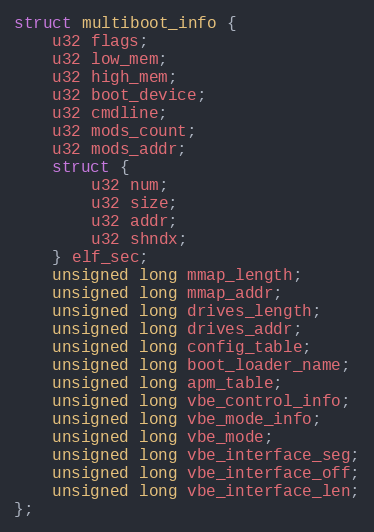
Language: C
struct multiboot_info {
	u32 flags;
	u32 low_mem;
	u32 high_mem;
	u32 boot_device;
	u32 cmdline;
	u32 mods_count;
	u32 mods_addr;
	struct {
		u32 num;
		u32 size;
		u32 addr;
		u32 shndx;
	} elf_sec;
	unsigned long mmap_length;
	unsigned long mmap_addr;
	unsigned long drives_length;
	unsigned long drives_addr;
	unsigned long config_table;
	unsigned long boot_loader_name;
	unsigned long apm_table;
	unsigned long vbe_control_info;
	unsigned long vbe_mode_info;
	unsigned long vbe_mode;
	unsigned long vbe_interface_seg;
	unsigned long vbe_interface_off;
	unsigned long vbe_interface_len;
};